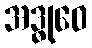
အဒ္ဓုဝေ